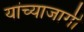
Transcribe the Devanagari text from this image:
यांच्याजागी